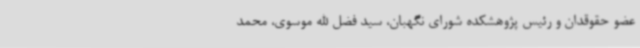
عضو حقوقدان و رئیس پژوهشکده شورای نگهبان، سید فضل الله موسوی، محمد